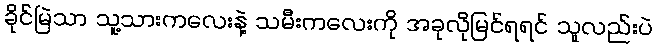
ခိုင်မြဲသာ သူ့သားကလေးနဲ့ သမီးကလေးကို အခုလိုမြင်ရရင် သူလည်းပဲ